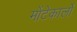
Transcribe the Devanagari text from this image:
मोंटेकार्लो